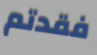
فقدتم